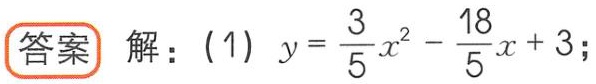
答案 解：(1) \(y = \frac{3}{5}x^{2}-\frac{18}{5}x + 3\);